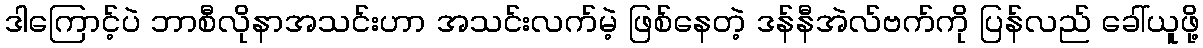
ဒါကြောင့်ပဲ ဘာစီလိုနာအသင်းဟာ အသင်းလက်မဲ့ ဖြစ်နေတဲ့ ဒန်နီအဲလ်ဗက်ကို ပြန်လည် ခေါ်ယူဖို့